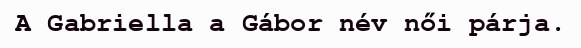
A Gabriella a Gábor név női párja.